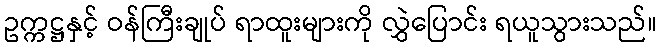
ဥက္ကဋ္ဌနှင့် ဝန်ကြီးချုပ် ရာထူးများကို လွှဲပြောင်း ရယူသွားသည်။